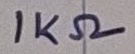
Text: 1KΩ